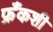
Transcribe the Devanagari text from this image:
फ्रँकशी